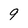
Character: 9